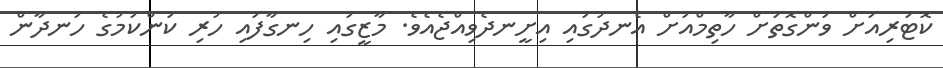
ކޮޓަރިއަށް ވަންގޮތަށް ހާތިމްއަށް އެނދުގައި އިށީނދެވިއްޖެއެވެ. މާޒީގައި ހިނގާފައި ހުރި ކަންކަމުގެ ހަނދާން